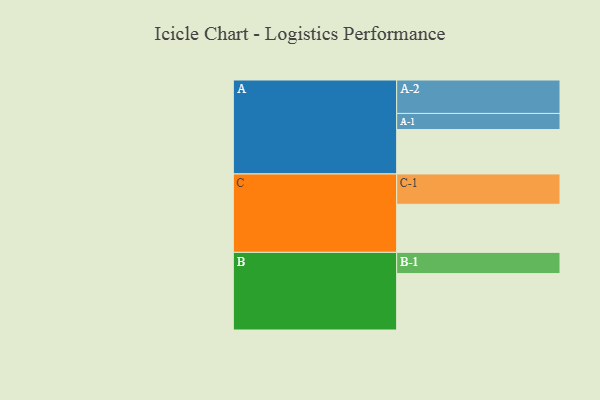
{"axis": {"x": "Segment", "y": "Value"}, "legend": ["", "A", "B", "C"], "data": [{"x": "A", "y": 397, "type": ""}, {"x": "B", "y": 504, "type": ""}, {"x": "C", "y": 430, "type": ""}, {"x": "A-1", "y": 144, "type": "A"}, {"x": "A-2", "y": 299, "type": "A"}, {"x": "B-1", "y": 190, "type": "B"}, {"x": "C-1", "y": 271, "type": "C"}]}